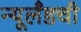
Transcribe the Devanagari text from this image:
न्यूलँडची